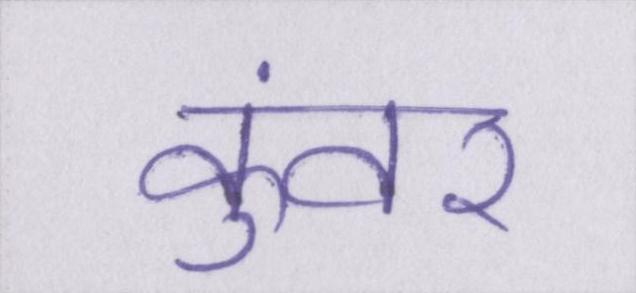
कुंवर